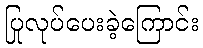
ပြုလုပ်ပေးခဲ့ကြောင်း